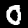
Digit: 0